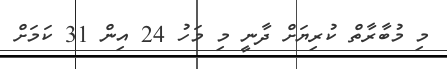
މި މުބާރާތް ކުރިޔަށް ދާނީ މި މަހު 24 އިން 31 ކަމަށް